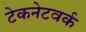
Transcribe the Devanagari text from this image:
टेकनेटवर्क